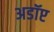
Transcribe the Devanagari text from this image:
अडॉप्ट